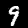
Digit: 9